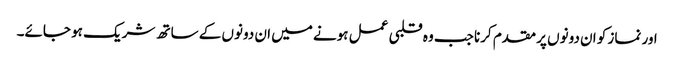
اور نماز کو ان دونوں پر مقدم کرنا جب وہ قلبی عمل ہونے میں ان دونوں کے ساتھ شریک ہو جائے۔